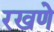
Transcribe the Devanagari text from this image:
रखणे